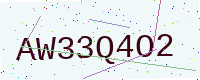
Text: AW33Q4O2